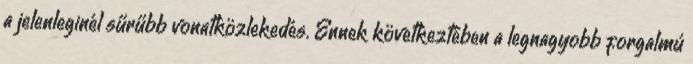
a jelenleginél sűrűbb vonatközlekedés. Ennek következtében a legnagyobb forgalmú